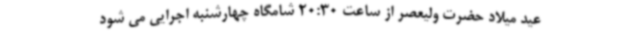
عید میلاد حضرت ولیعصر از ساعت 20:30 شامگاه چهارشنبه اجرایی می شود